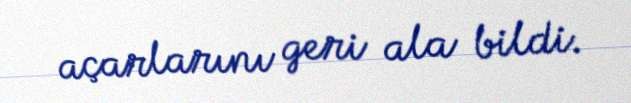
açarlarını geri ala bildi.